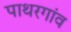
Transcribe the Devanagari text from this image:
पाथरगांव